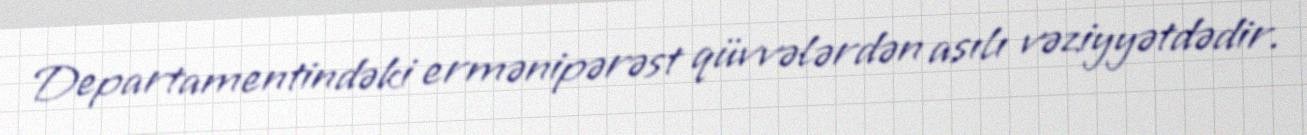
Departamentindəki ermənipərəst qüvvələrdən asılı vəziyyətdədir.